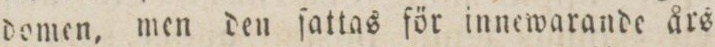
domen, men den ſattas för innewarande års